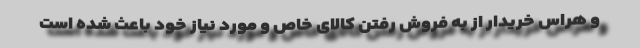
و هراس خریدار از به فروش رفتن کالای خاص و مورد نیاز خود باعث شده است